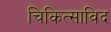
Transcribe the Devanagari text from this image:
चिकित्साविद